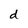
Character: d